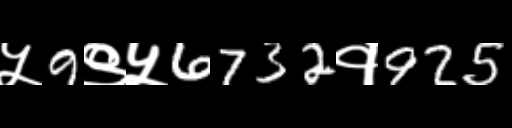
Text: ५9९५6732१925